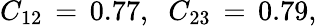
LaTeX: C_{12}\, =\, 0.77,\; \; C_{23}\, =\, 0.79,